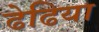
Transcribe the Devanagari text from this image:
ढेढिया